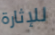
للإثارة